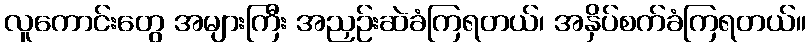
လူကောင်းတွေ အများကြီး အညှဉ်းဆဲခံကြရတယ်၊ အနှိပ်စက်ခံကြရတယ်။